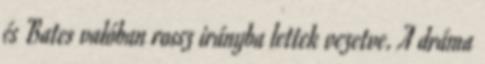
és Bates valóban rossz irányba lettek vezetve. A dráma